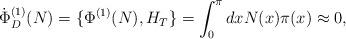
LaTeX: \begin{align*} \dot {\Phi}_D^{(1)}(N) = \{ \Phi^{(1)}(N), H_T \} = \int_0^\pi dx N(x) \pi(x) \approx 0 ,\end{align*}